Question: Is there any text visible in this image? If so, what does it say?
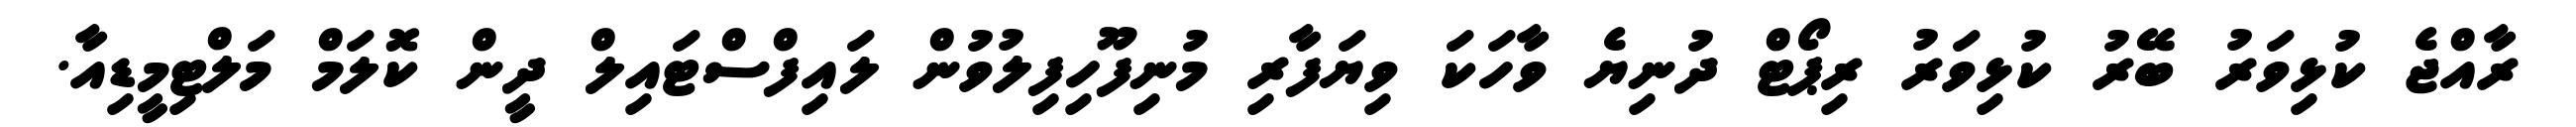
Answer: ރާއްޖެ ކުޅިވަރު ބޭރު ކުޅިވަރު ރިޕޯޓް ދުނިޔެ ވާހަކަ ވިޔަފާރި މުނިފޫހިފިލުވުން ލައިފްސްޓައިލް ދީން ކޮލަމް މަލްޓިމީޑިއާ.